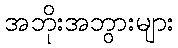
အဘိုးအဘွားများ